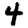
Digit: 4